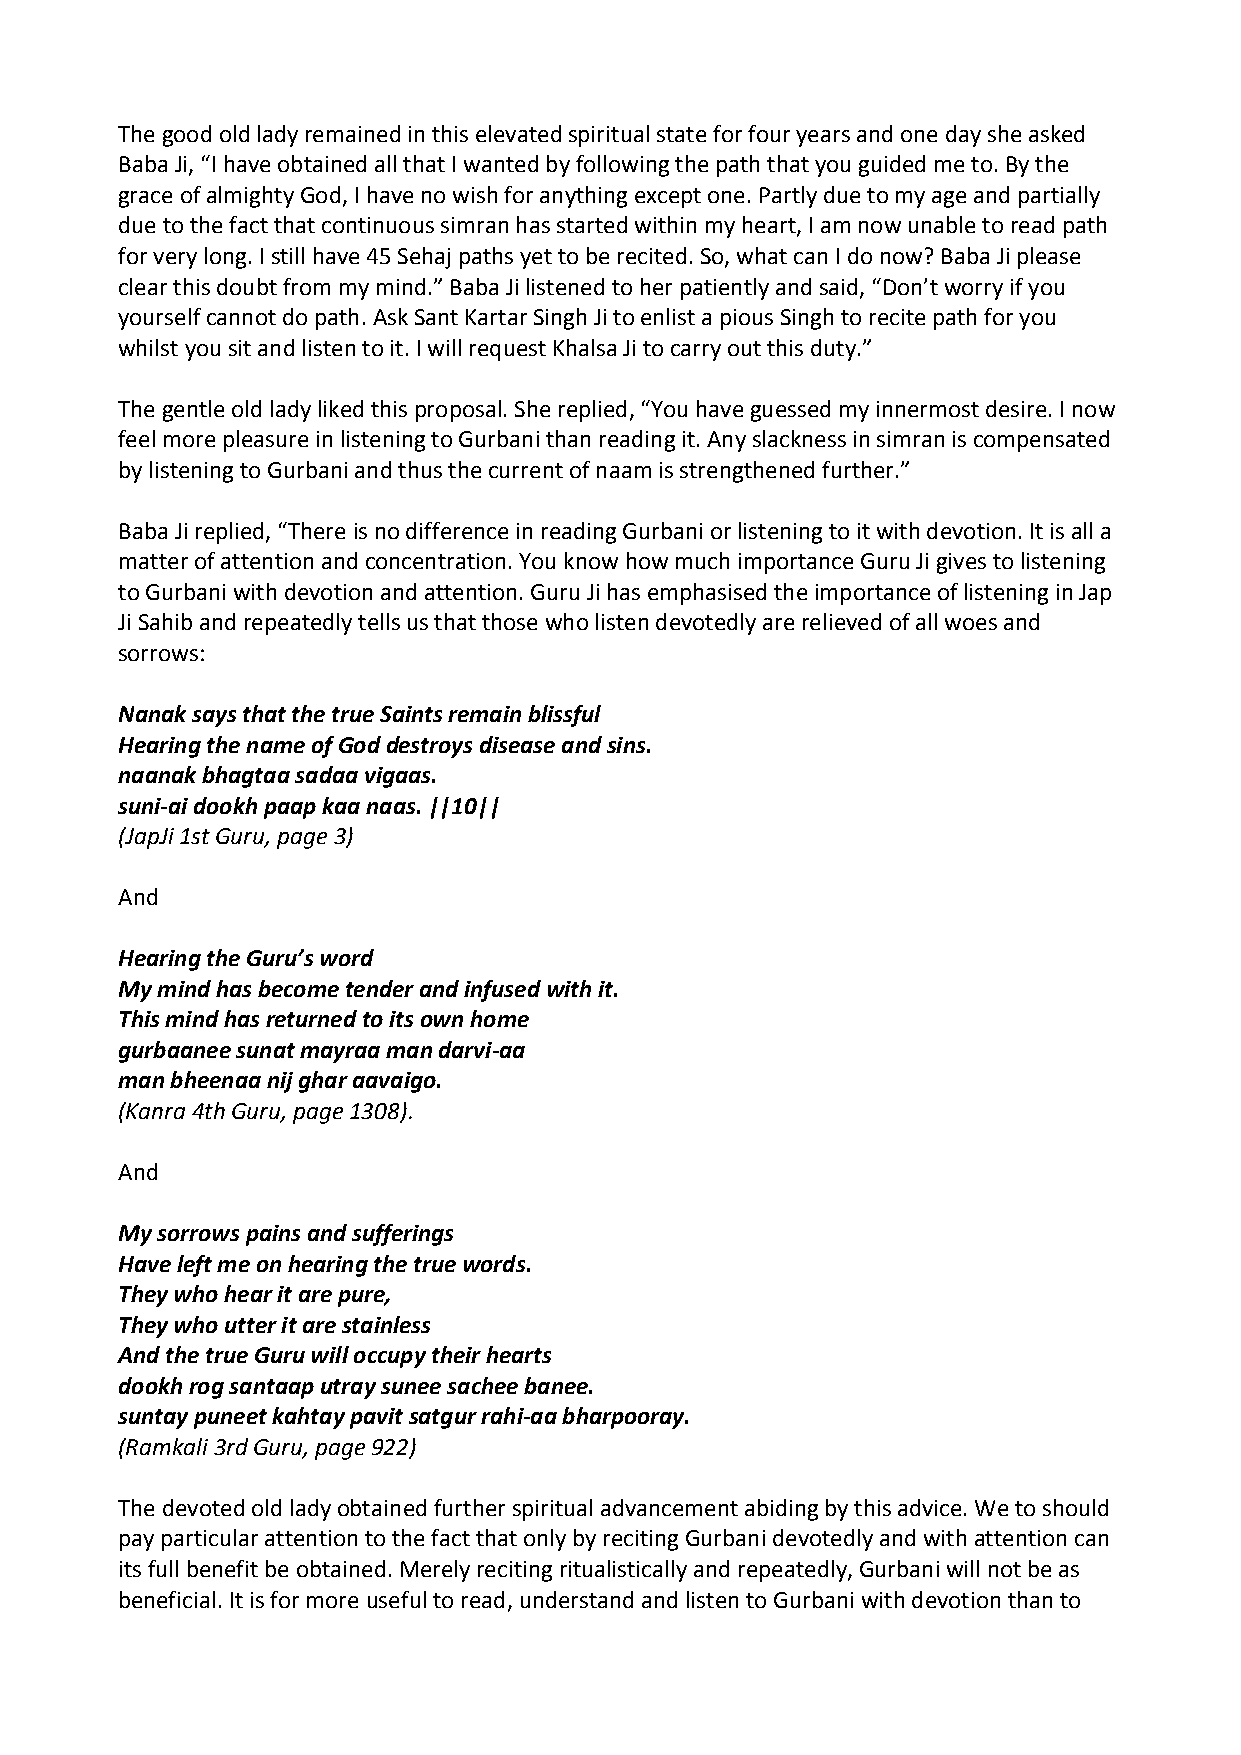
The good old lady remained in this elevated spiritual state for four years and one day she asked
 Baba Ji, “I have obtained all that I wanted by following the path that you guided me to. By the
 grace of almighty God, I have no wish for anything except one. Partly due to my age and partially
 due to the fact that continuous simran has started within my heart, I am now unable to read path
 for very long. I still have 45 Sehaj paths yet to be recited. So, what can I do now? Baba Ji please
 clear this doubt from my mind.” Baba Ji listened to her patiently and said, “Don’t worry if you
 yourself cannot do path. Ask Sant Kartar Singh Ji to enlist a pious Singh to recite path for you
 whilst you sit and listen to it. I will request Khalsa Ji to carry out this duty.”
 The gentle old lady liked this proposal. She replied, “You have guessed my innermost desire. I now
 feel more pleasure in listening to Gurbani than reading it. Any slackness in simran is compensated
 by listening to Gurbani and thus the current of naam is strengthened further.”
 Baba Ji replied, “There is no difference in reading Gurbani or listening to it with devotion. It is all a
 matter of attention and concentration. You know how much importance Guru Ji gives to listening
 to Gurbani with devotion and attention. Guru Ji has emphasised the importance of listening in Jap
 Ji Sahib and repeatedly tells us that those who listen devotedly are relieved of all woes and
 sorrows:
 Nanak says that the true Saints remain blissful
 Hearing the name of God destroys disease and sins.
 naanak bhagtaa sadaa vigaas.
 suni‐ai dookh paap kaa naas. ||10||
 (JapJi 1st Guru, page 3)
 And
 Hearing the Guru’s word
 My mind has become tender and infused with it.
 This mind has returned to its own home
 gurbaanee sunat mayraa man darvi‐aa
 man bheenaa nij ghar aavaigo.
 (Kanra 4th Guru, page 1308).
 And
 My sorrows pains and sufferings
 Have left me on hearing the true words.
 They who hear it are pure,
 They who utter it are stainless
 And the true Guru will occupy their hearts
 dookh rog santaap utray sunee sachee banee.
 suntay puneet kahtay pavit satgur rahi‐aa bharpooray.
 (Ramkali 3rd Guru, page 922)
 The devoted old lady obtained further spiritual advancement abiding by this advice. We to should
 pay particular attention to the fact that only by reciting Gurbani devotedly and with attention can
 its full benefit be obtained. Merely reciting ritualistically and repeatedly, Gurbani will not be as
 beneficial. It is for more useful to read, understand and listen to Gurbani with devotion than to